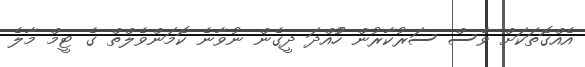
އެއްގޮތަކަށް ވެސް ސަރުކާރުން ހުުއްދަ ދީގެން ނުވާނެ ކޮމަންވެލްތް ގެ ޓީމް މާލެ